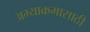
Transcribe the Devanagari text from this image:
अभ्याक्रमासाठी